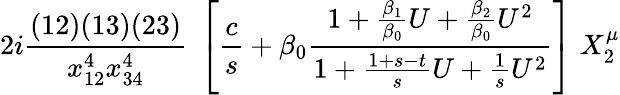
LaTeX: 2i{\frac{(12)(13)(23)}{x_{12}^{4}x_{34}^{4}}}\; \left[{\frac{c}{s}}+\beta_{0}{\frac{1+{\frac{\beta_{1}}{\beta_{0}}}U+{\frac{\beta_{2}}{\beta_{0}}}U^{2}}{1+{\frac{1+s-t}{s}}U+{\frac{1}{s}}U^{2}}}\right]\; X_{2}^{\mu}